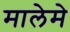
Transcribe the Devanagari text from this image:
मालेमे